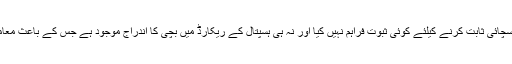
جے مالا نے اپنے دعویٰ کی سچائی ثابت کرنے کیلئے کوئی ثبوت فراہم نہیں کیا اور نہ ہی ہسپتال کے ریکارڈ میں بچی کا اندراج موجود ہے جس کے باعث معاملہ مزید الجھتا چلا جا رہا ہے۔